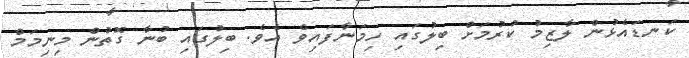
ކަނޑައެޅުން ލާޒިމު ކުރުމަށް ބިލުގައި ހިމަނާފައިވެ އެވެ. ބިލުގައި ބުނާ ގޮތުން މިނިމަމް